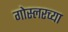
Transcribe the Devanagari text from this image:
गोस्लरच्या